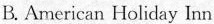
B.American Holiday Inn